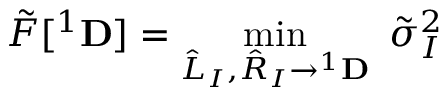
\tilde { F } [ { } ^ { 1 } { \bf D } ] = \operatorname* { m i n } _ { \hat { L } _ { I } , \hat { R } _ { I } \to { } ^ { 1 } { \bf D } } ~ \tilde { \sigma } _ { I } ^ { 2 }